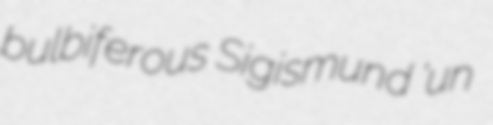
bulbiferous Sigismund 'un